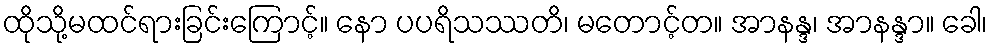
ထိုသို့မထင်ရားခြင်းကြောင့်။ နော ပပရိသဿတိ၊ မတောင့်တ။ အာနန္ဒ၊ အာနန္ဒာ။ ခေါ၊